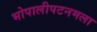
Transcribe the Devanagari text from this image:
भोपालीपटनमला